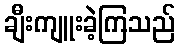
ချီးကျူးခဲ့ကြသည်